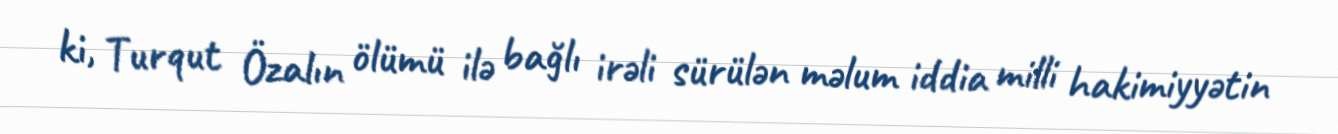
ki, Turqut Özalın ölümü ilə bağlı irəli sürülən məlum iddia milli hakimiyyətin